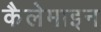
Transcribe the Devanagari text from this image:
कैलेमाइन